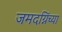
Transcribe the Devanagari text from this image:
जमदग्निंच्या